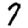
Digit: 7